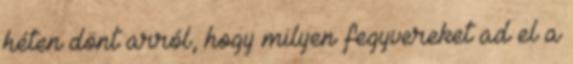
héten dönt arról, hogy milyen fegyvereket ad el a